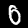
Digit: 0